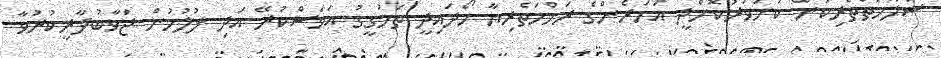
ސަލާމަތްތެރިކަން ކަށަވަރުކޮށްދީ އަހަރެންގެ ރަހްމަތެރިޔާ ހޯދައިދީ ތަހުގީގު އަވަސްކުރޭ އަދި ފުލުހުން ޖަވާބުދާރީކުރުވާ